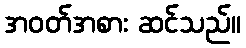
အဝတ်အစား ဆင်သည်။